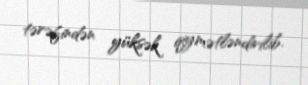
tərəfindən yüksək qiymətləndirilib.